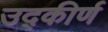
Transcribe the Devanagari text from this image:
उद्‌कीर्ण